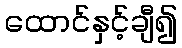
ထောင်နှင့်ချီ၍